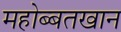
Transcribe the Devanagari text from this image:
महोब्बतखान